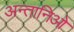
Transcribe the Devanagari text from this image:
अन्तानिओ